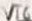
Text: VT6